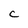
Character: C